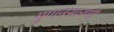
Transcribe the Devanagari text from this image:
गुणनसारणी